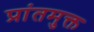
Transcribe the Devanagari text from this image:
प्रांतमुक्त